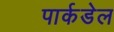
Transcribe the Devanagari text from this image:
पार्कडेल